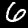
Digit: 6